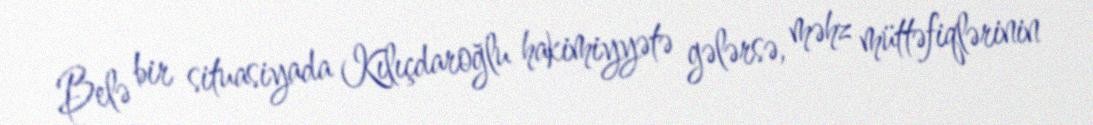
Belə bir situasiyada Kılıçdaroğlu hakimiyyətə gələrsə, məhz müttəfiqlərinin